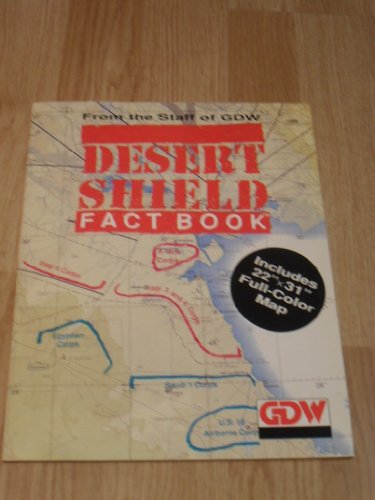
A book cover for Desert Shield Factbook (with Full Color Fold-out Map of Region); Frank Chadwick; History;